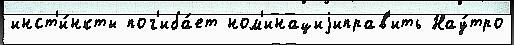
инст'и́нкты пог'иба́ет ном'инациjиправ'ить Нау́тро